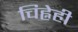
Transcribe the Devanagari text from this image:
चिह्नेही